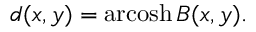
d ( x , y ) = \operatorname { a r c o s h } B ( x , y ) .